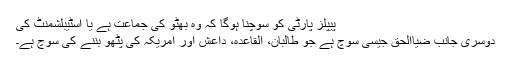
پیپلز پارٹی کو سوچنا ہوگا کہ وہ بھٹو کی جماعت ہے یا اسٹیبلشمنٹ کی
دوسری جانب ضیاالحق جیسی سوچ ہے جو طالبان، القاعدہ، داعش اور امریکہ کی پٹھو بننے کی سوچ ہے۔